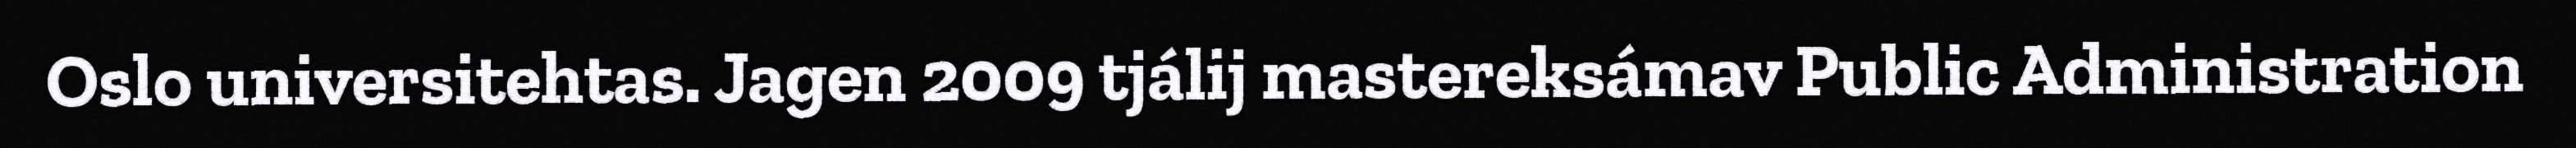
Oslo universitehtas. Jagen 2009 tjálij mastereksámav Public Administration